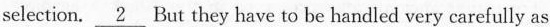
selection \underline{2}. But they have to be handled very carefully as